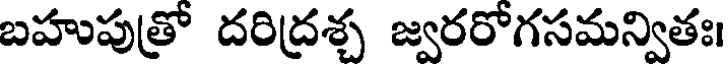
బహుపుత్రో దరిద్రశ్చ జ్వరరోగసమన్వితః।